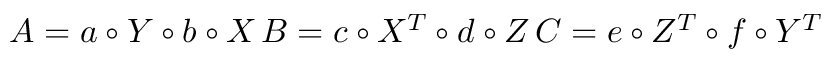
A = a \circ Y \circ b \circ X \, B = c \circ X ^ { T } \circ d \circ Z \, C = e \circ Z ^ { T } \circ f \circ Y ^ { T }